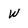
Character: W